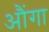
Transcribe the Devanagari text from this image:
औंगा